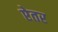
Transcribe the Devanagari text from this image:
ऐतर